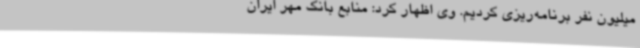
میلیون نفر برنامه‌ریزی کردیم. وی اظهار کرد: منابع بانک مهر ایران